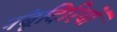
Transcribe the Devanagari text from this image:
नंबूदिरियों